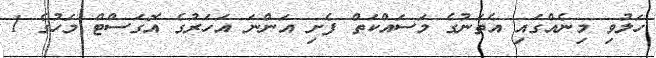
ހަލުވި މިނެއްގައި އެތަނުގެ މަސައްކަތް ފެށި އަންނަ އަހަރުގެ އޮގަސްޓް މަހުގެ 1